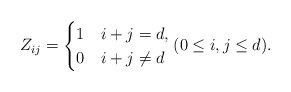
\begin{align*}Z_{ij} = \begin{cases}1 & i+j=d,\\0 & i+j \ne d\end{cases}(0\leq i,j \leq d).\end{align*}